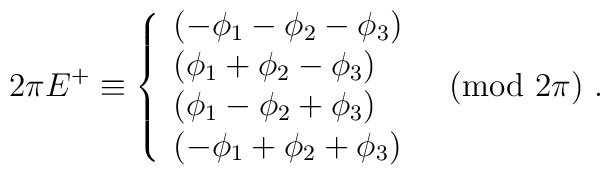
2 \pi E^{+} \equiv   \left\{    \begin{array}{l}     (-\phi_{1}-\phi_{2}-\phi_{3})\\     (\phi_{1}+\phi_{2}-\phi_{3})\\     (\phi_{1}-\phi_{2}+\phi_{3})\\     (-\phi_{1}+\phi_{2}+\phi_{3})  \end{array}\quad \mbox{(mod $2\pi$)}~.\right.